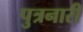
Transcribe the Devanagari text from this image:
पुत्रनारी